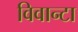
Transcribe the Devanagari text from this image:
विवान्टा